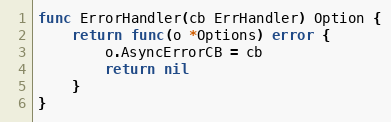
Language: Go
func ErrorHandler(cb ErrHandler) Option {
	return func(o *Options) error {
		o.AsyncErrorCB = cb
		return nil
	}
}